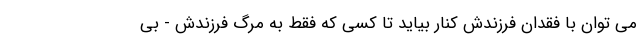
می توان با فقدان فرزندش کنار بیاید تا کسی که فقط به مرگ فرزندش - بی